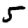
Digit: 5